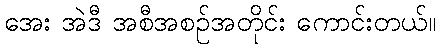
အေး အဲဒီ အစီအစဉ်အတိုင်း ကောင်းတယ်။